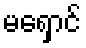
မရှောင်